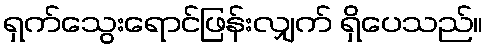
ရှက်သွေးရောင်ဖြန်းလျှက် ရှိပေသည်။